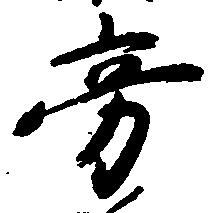
旁